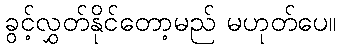
ခွင့်လွှတ်နိုင်တော့မည် မဟုတ်ပေ။